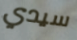
سيدي